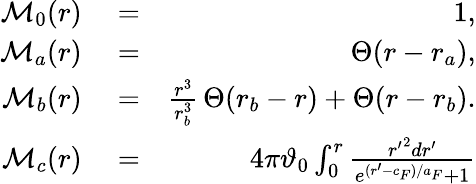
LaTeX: \begin{array}{rlr}{\mathcal{M}_{0}(r)}&{{}=}&{1,}\\ {\mathcal{M}_{a}(r)}&{{}=}&{\Theta(r-r_{a}),}\\ {\mathcal{M}_{b}(r)}&{{}=}&{\frac{r^{3}}{r_{b}^{3}}\, \Theta(r_{b}-r)+\Theta(r-r_{b}).}\\ {\mathcal{M}_{c}(r)}&{{}=}&{4\pi\vartheta_{0}\int_{0}^{r}\frac{{r^{\prime}}^{2}dr^{\prime}}{e^{(r^{\prime}-c_{F})/a_{F}}+1}}\end{array}